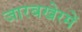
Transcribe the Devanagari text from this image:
जारबखेरमें